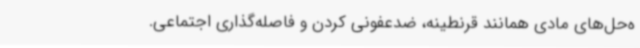
ه‌حل‌های مادی همانند قرنطینه، ضدعفونی کردن و فاصله‌گذاری اجتماعی.